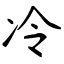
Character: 冷